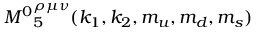
{ M ^ { 0 } } _ { 5 } ^ { \rho \mu \nu } ( k _ { 1 } , k _ { 2 } , m _ { u } , m _ { d } , m _ { s } )